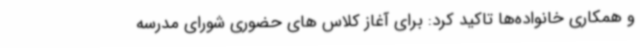
و همکاری خانواده‌ها تاکید کرد: برای آغاز کلاس های حضوری شورای مدرسه